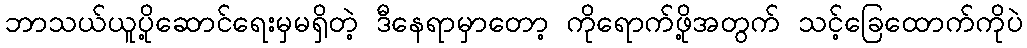
ဘာသယ်ယူပို့ဆောင်ရေးမှမရှိတဲ့ ဒီနေရာမှာတော့ ကိုရောက်ဖို့အတွက် သင့်ခြေထောက်ကိုပဲ